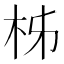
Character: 柹